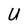
Character: U